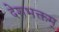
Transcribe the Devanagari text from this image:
देशभक्तम्